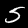
Label: 5